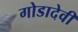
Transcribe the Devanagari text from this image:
गोडादेवी